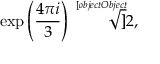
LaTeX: \exp \left( { \frac { 4 \pi i } { 3 } } \right) { \sqrt [ [object Object] ] { 2 } } ,